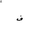
Letter: _fa